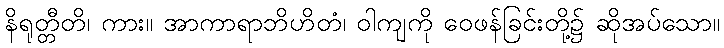
နိရုတ္တီတိ၊ ကား။ အာကာရာဘိဟိတံ၊ ဝါကျကို ဝေဖန်ခြင်းတို့၌ ဆိုအပ်သော။